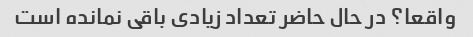
واقعا؟ در حال حاضر تعداد زیادی باقی نمانده است